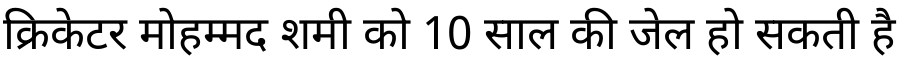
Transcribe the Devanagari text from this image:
क्रिकेटर मोहम्मद शमी को 10 साल की जेल हो सकती है